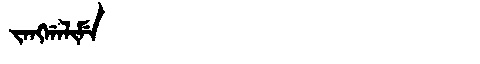
Manchu: ᠵᠠᠩᡤᠠᠯᡳᠮᡝ
Romanization: JANGGALIME